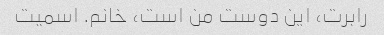
رابرت، این دوست من است، خانم. اسمیت